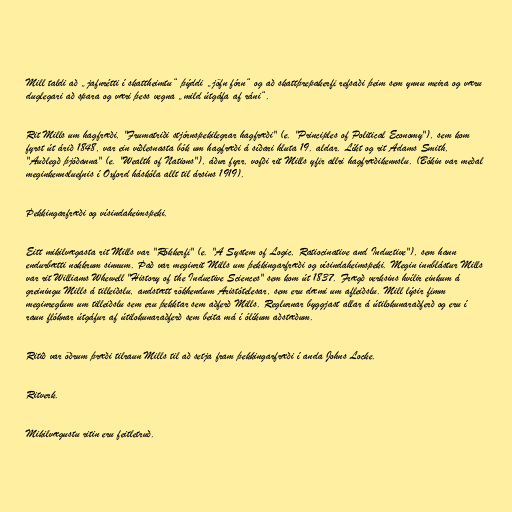
Mill taldi að „jafnrétti í skattheimtu“ þýddi „jöfn fórn“ og að skattþrepakerfi refsaði þeim sem ynnu meira og væru
duglegari að spara og væri þess vegna „mild útgáfa af ráni“.

Rit Mills um hagfræði, "Frumatriði stjórnspekilegrar hagfræði" (e. "Principles of Political Economy"), sem kom
fyrst út árið 1848, var ein víðlesnasta bók um hagfræði á síðari hluta 19. aldar. Líkt og rit Adams Smith,
"Auðlegð þjóðanna" (e. "Wealth of Nations"), áður fyrr, vofði rit Mills yfir allri hagfræðikennslu. (Bókin var meðal
meginkennsluefnis í Oxford háskóla allt til ársins 1919).

Þekkingarfræði og vísindaheimspeki.

Eitt mikilvægasta rit Mills var "Rökkerfi" (e. "A System of Logic, Ratiocinative and Inductive"), sem hann
endurbætti nokkrum sinnum. Það var meginrit Mills um þekkingarfræði og vísindaheimspeki. Megin innblástur Mills
var rit Williams Whewell "History of the Inductive Sciences" sem kom út 1837. Frægð verksins hvílir einkum á
greiningu Mills á tilleiðslu, andstætt rökhendum Aristótelesar, sem eru dæmi um afleiðslu. Mill lýsir fimm
meginreglum um tilleiðslu sem eru þekktar sem aðferð Mills. Reglurnar byggjast allar á útilokunaraðferð og eru í
raun flóknar útgáfur af útilokunaraðferð sem beita má í ólíkum aðstæðum.

Ritið var öðrum þræði tilraun Mills til að setja fram þekkingarfræði í anda Johns Locke.

Ritverk.

Mikilvægustu ritin eru feitletruð.